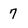
Character: 7